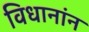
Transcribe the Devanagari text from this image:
विधानांन